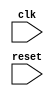
module behavioral_modeling(
    input clk,
    input reset
);

always @(posedge clk or negedge reset) begin
    // specify desired behavior here
end

endmodule